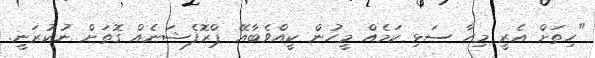
"ހިތަށް އެރީ މިހާ ސަޅި ކަމެއް މީހުން ކީއްވެބާއޭ ޕްރޮފެޝަނެއް ގޮތަށް ނުކުރަނީ.